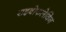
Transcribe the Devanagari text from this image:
राइबोफलेविन